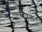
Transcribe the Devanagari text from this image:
स्नॅपल